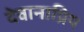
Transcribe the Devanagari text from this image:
देवानाप्रिय